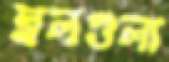
ছলগুলা